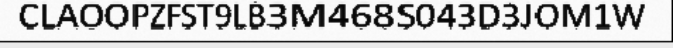
CLAOOPZFST9LB3M468S043D3JOM1W